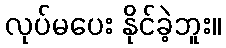
လုပ်မပေး နိုင်ခဲ့ဘူး။